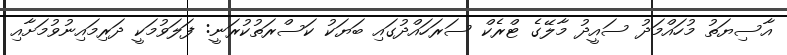
އާސިޔަތު މުހައްމަދު ސައީދު މާލޭގެ ޓްރެކް ސަރަހައްދުގައި ބަޔަކު ކަސްރަތުކުރަނީ: ފަލަވުމަކީ ދަރިމައިނުވުމަށާއި